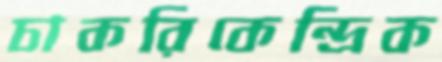
চাকরিকেন্দ্রিক